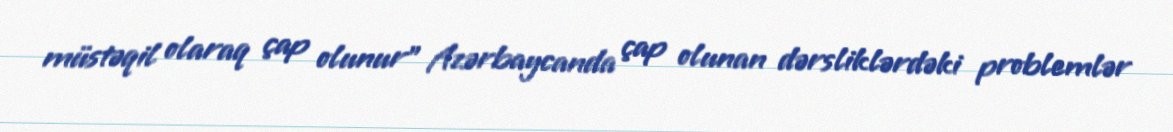
müstəqil olaraq çap olunur” Azərbaycanda çap olunan dərsliklərdəki problemlər